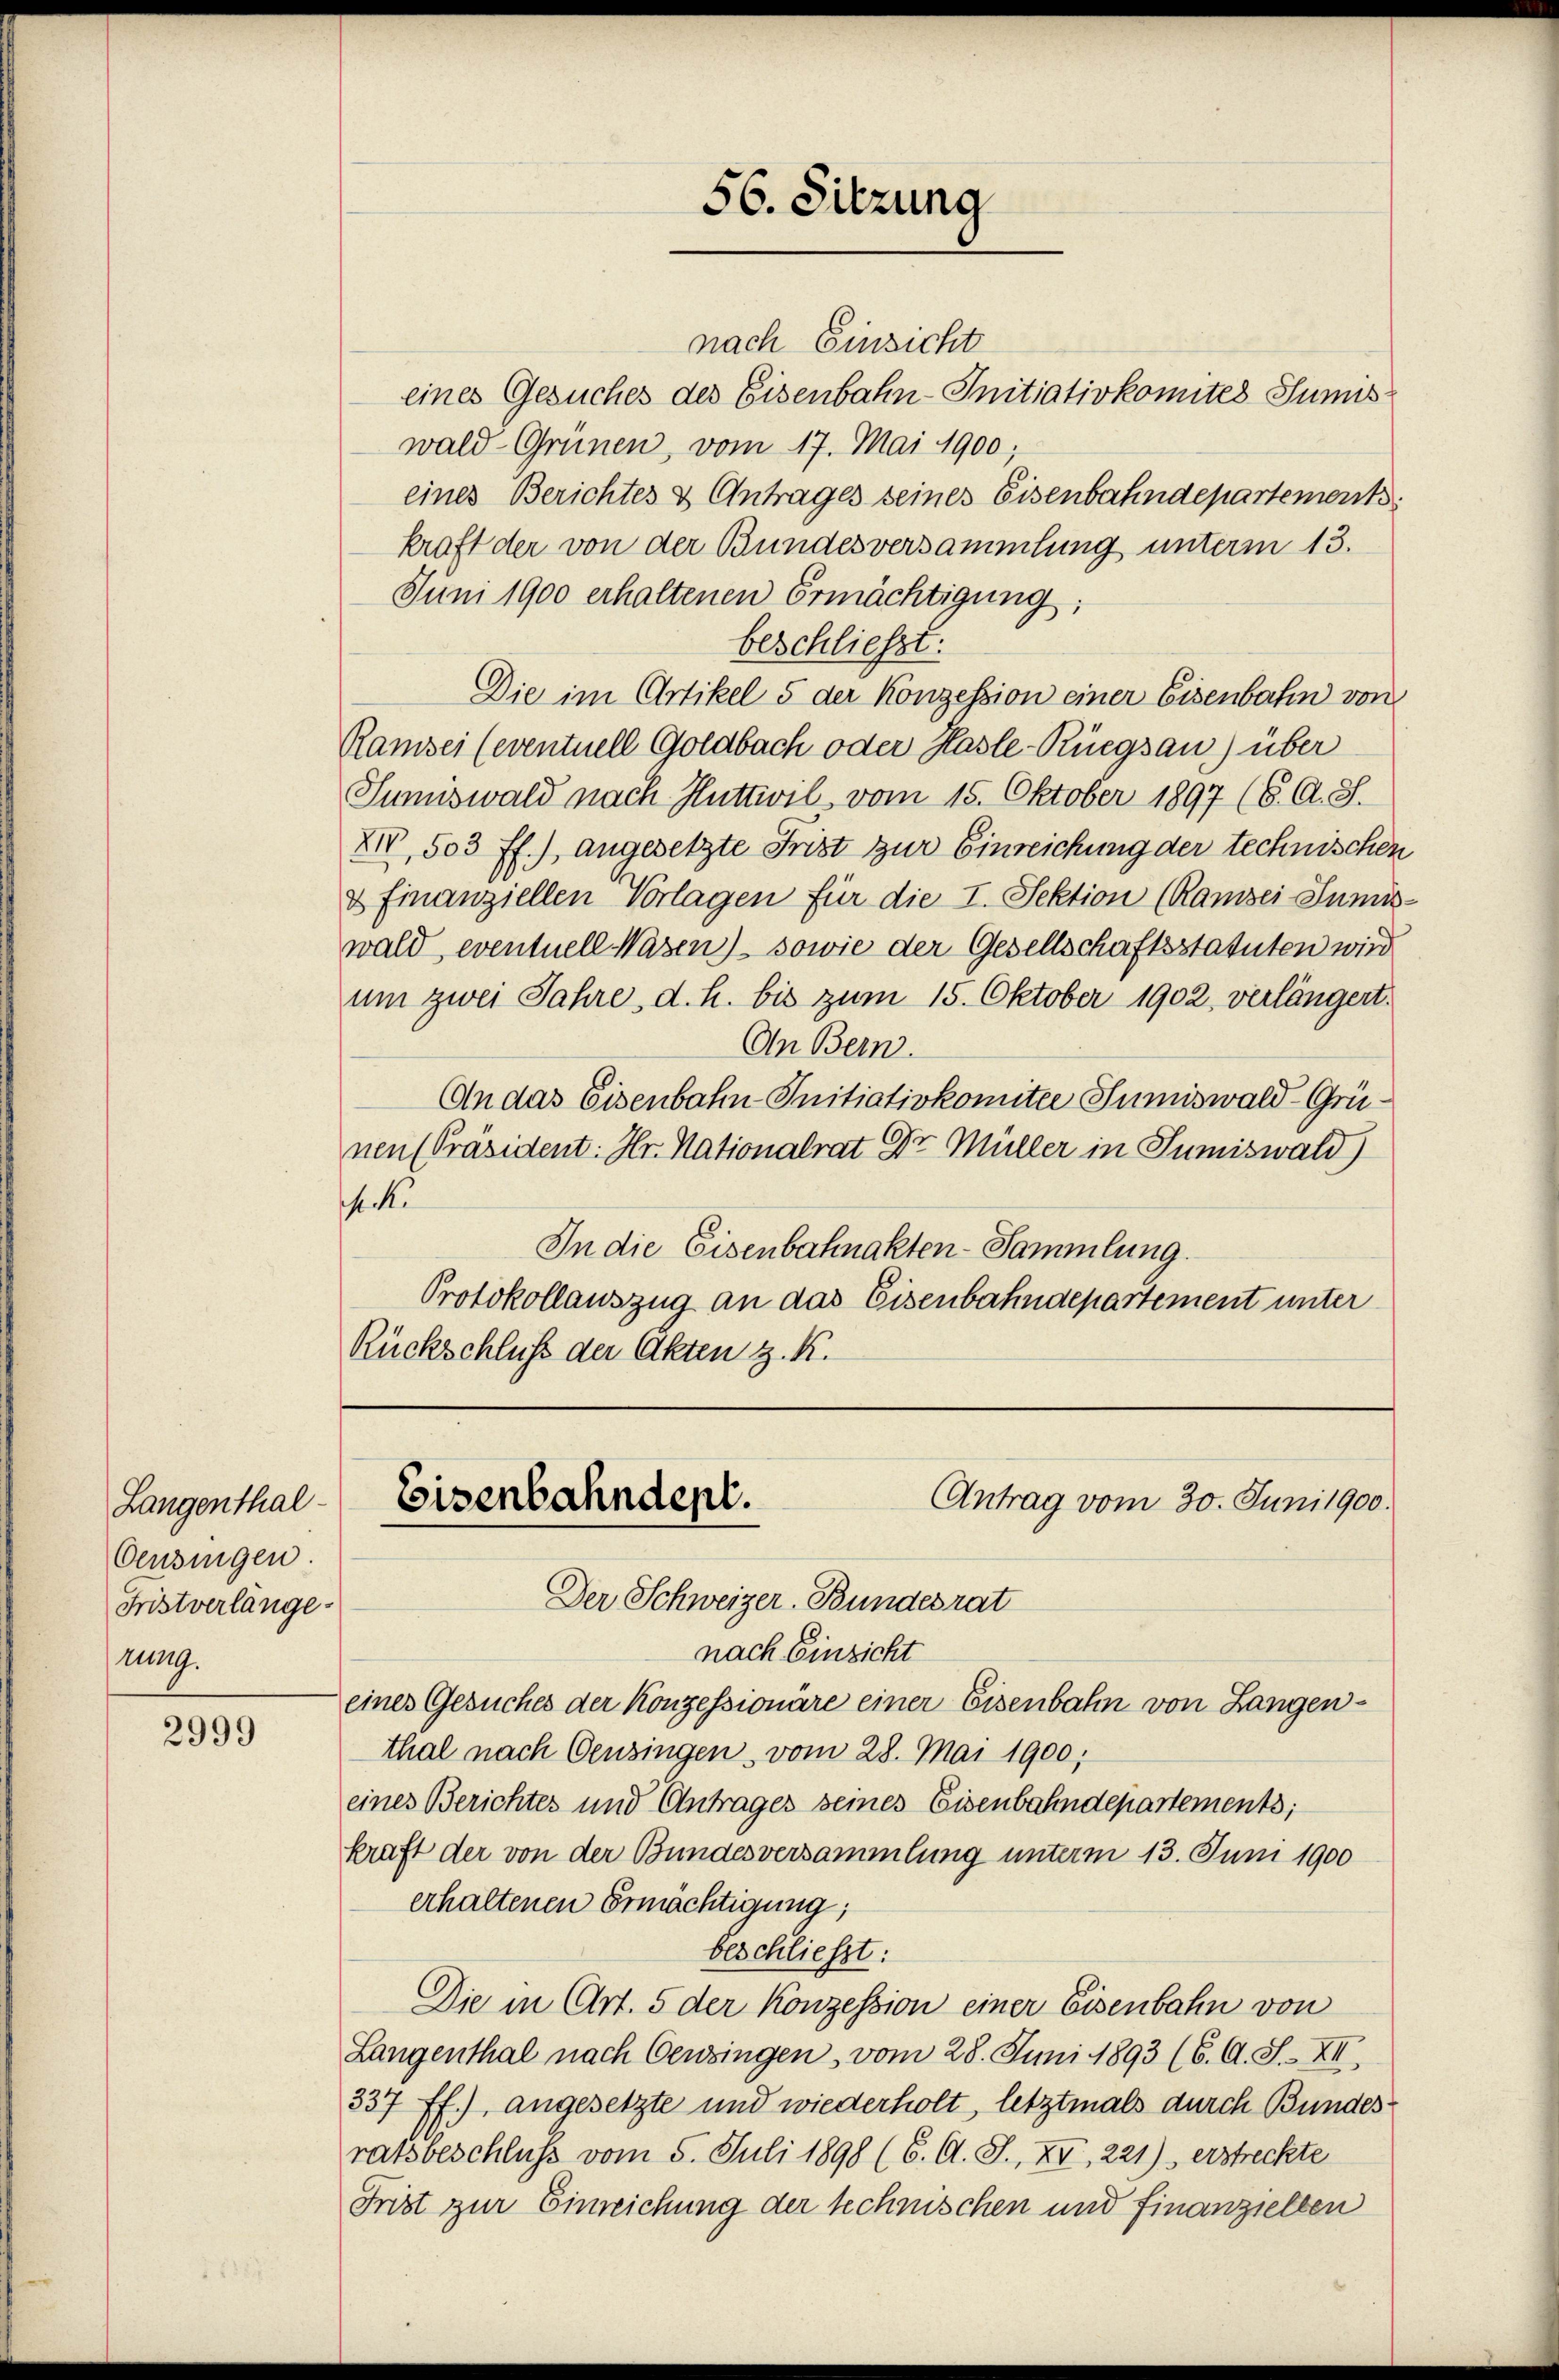
Langenthal-
Oensingen.
Fristverlänge
rung.

2999

nach Einsicht
eines Gesuches des Eisenbahn-Initiativkomites Sumis
wald-Grünen, vom 17. Mai 1900;
eines Berichtes & Antrages seines Eisenbahndepartements
kraft der von der Bundesversammlung unterm 13.
Juni 1900 erhaltenen Ermächtigung;
beschließt:
Die im Artikel 5 der Konzession einer Eisenbahn von
Ramsei (eventuell Goldbach oder Hasle-Rüegsau) über
Sumiswald nach Huttwil vom 15. Oktober 1897 (6. A. S.
XIV, 503 ff.), angesetzte Frist zur Einreichung der technischen
& finanziellen Vorlagen für die I. Sektion (Ramsei Lumis-
wald, eventuell Wasen) sowie der Gesellschaftsstatuten wird
um zwei Jahre, d. h. bis zum 15. Oktober 1902, verlängert,
An Bern.
An das Eisenbahn Initiativkomitee Sumiswald-Grünen [Präsident: Hr. Nationalrat Dr. Müller in Sumiswald)
.
In die Eisenbahnakten-Sammlung.
Protokollauszug an das Eisenbahndepartement unter
Rückschluß der Akten z. K.

56. Sitzung

Antrag vom 30. Juni 1900.
Eisenbahndept.

Der Schweizer-Bundesrat
nach Einzicht
eines Gesuches der Konzessionäre einer Eisenbahn von Langenthal nach Censingen, vom 28. Mai 1900;
eines Berichtes und Antrages seines Eisenbahndepartements;
kraft der von der Bundesversammlung unterm 13. Juni 1900
erhaltenen Ermächtigung;
beschließt:
Die in Art. 5 der Konzession einer Eisenbahn von
Langenthal nach Cessingen, vom 28. Juni 1893 (6. A. S. XII.
337 ff.) angesetzte und wiederholt, letztmals durch Bundes:
ratsbeschluss vom 5. Juli 1898 (6. A. J., XV, 221), erstreckte
Frist zur Einreichung der technischen und finanziellen